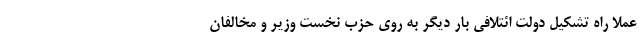
عملا راه تشکیل دولت ائتلافی بار دیگر به روی حزب نخست وزیر و مخالفان